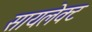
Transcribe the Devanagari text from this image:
सायलेक्ट